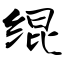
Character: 绲